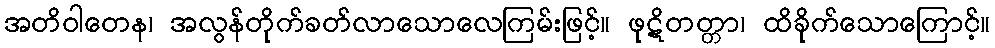
အတိဝါတေန၊ အလွန်တိုက်ခတ်လာသောလေကြမ်းဖြင့်။ ဖုဋိတတ္တာ၊ ထိခိုက်သောကြောင့်။